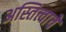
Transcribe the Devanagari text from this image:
अस्तित्त्वाचे